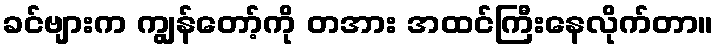
ခင်ဗျားက ကျွန်တော့်ကို တအား အထင်ကြီးနေလိုက်တာ။